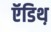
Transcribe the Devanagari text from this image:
ऍडिथ़